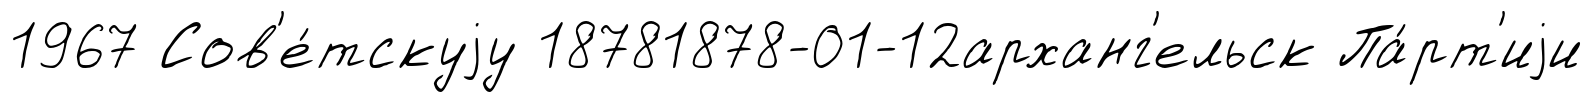
1967 Сов'е́тскуjу 18781878-01-12арханг'ельск Па́рт'иjи